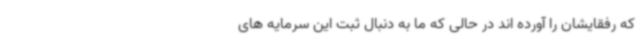
که رفقایشان را آورده اند در حالی که ما به دنبال ثبت این سرمایه های